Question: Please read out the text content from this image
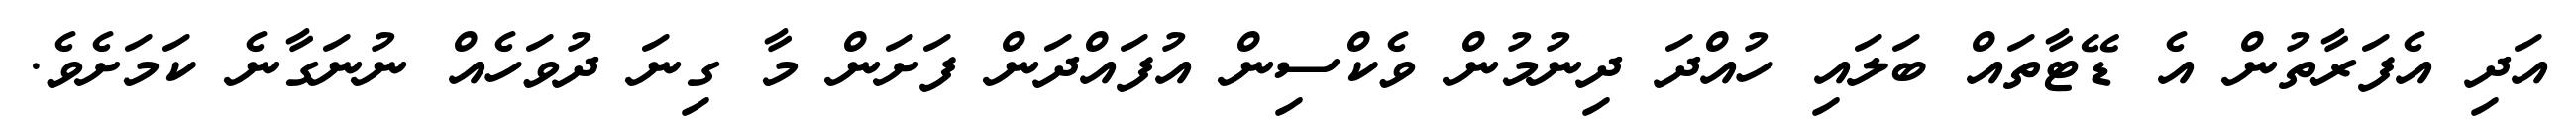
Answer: އަދި އެފަރާތުން އެ ޑޭޓާތައް ބަލައި ހުއްދަ ދިނުމުން ވެކްސިން އުފައްދަން ފަށަން މާ ގިނަ ދުވަހެއް ނުނަގާނެ ކަމަށެވެ.